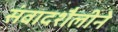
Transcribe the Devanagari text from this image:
संवादशैलीने